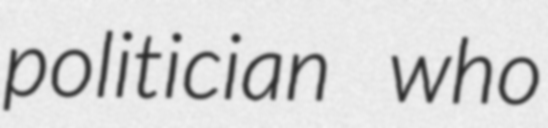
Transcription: politician who